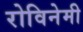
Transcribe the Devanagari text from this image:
रोविनेमी